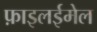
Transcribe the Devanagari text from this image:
फ़ाइलईमेल